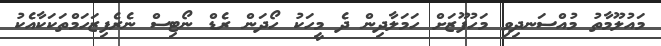
މައުލޫމާތު މުއްސަނދިވި މަހުފޫޒަށް ހަމަލާދިން ދެ މީހަކު ހޯދަން ރެޑް ނޯޓިސް ނެރެފިޒަހަމްތަކަކާއެކު